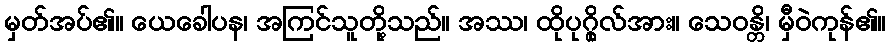
မှတ်အပ်၏။ ယေခေါပန၊ အကြင်သူတို့သည်။ အဿ၊ ထိုပုဂ္ဂိုလ်အား။ သေဝန္တိ၊ မှီဝဲကုန်၏။